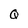
Character: Q